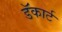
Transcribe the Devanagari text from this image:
डॅकार्ट